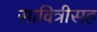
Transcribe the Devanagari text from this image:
सावित्रीसह